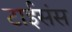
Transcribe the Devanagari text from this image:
टाईसंस